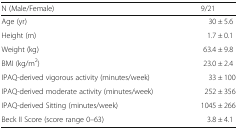
| N (Male/Female) | 9/21 |
 | --- | --- |
 | Age (yr) | 30 ± 5.6 |
 | Height (m) | 1.7 ± 0.1 |
 | Weight (kg) | 63.4 ± 9.8 |
 | BMI (kg/m2) | 23.0 ± 2.4 |
 | IPAQ-derived vigorous activity (minutes/week) | 33 ± 100 |
 | IPAQ-derived moderate activity (minutes/week) | 252 ± 356 |
 | IPAQ-derived Sitting (minutes/week) | 1045 ± 266 |
 | Beck II Score (score range 0–63) | 3.8 ± 4.1 |